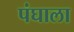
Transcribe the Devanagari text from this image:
पंघाला